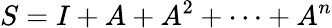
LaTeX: S=I+A+A^{2}+\cdots+A^{n}